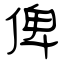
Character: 俾